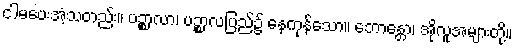
ငါမပေးအံ့သတည်း။ ပဉ္စာလာ၊ ပဉ္စာလပြည်၌ နေကုန်သော။ ဘောန္တော၊ အိုလူအများတို့။